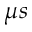
\mu s